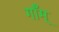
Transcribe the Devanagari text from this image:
गाँम्